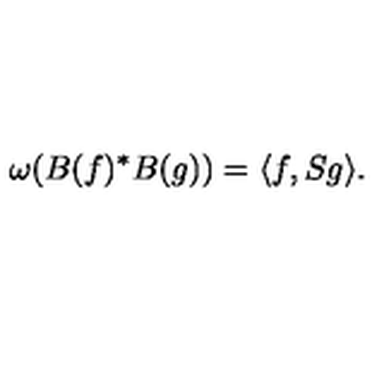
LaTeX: \omega ( B ( f ) ^ { * } B ( g ) ) = \langle f , S g \rangle .